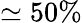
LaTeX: \simeq 50\%